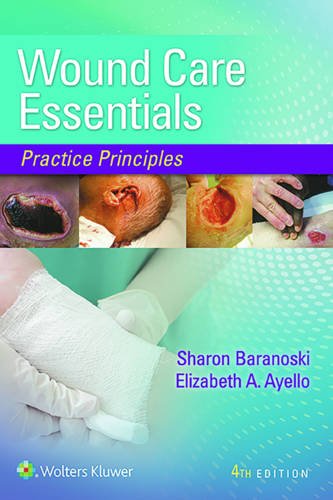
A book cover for Wound Care Essentials: Practice Principles; Sharon Baranoski MSN  RN  CWOCN  APN  FAAN; Medical Books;